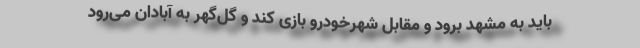
باید به مشهد برود و مقابل شهرخودرو بازی کند و گل‌گهر به آبادان می‌رود